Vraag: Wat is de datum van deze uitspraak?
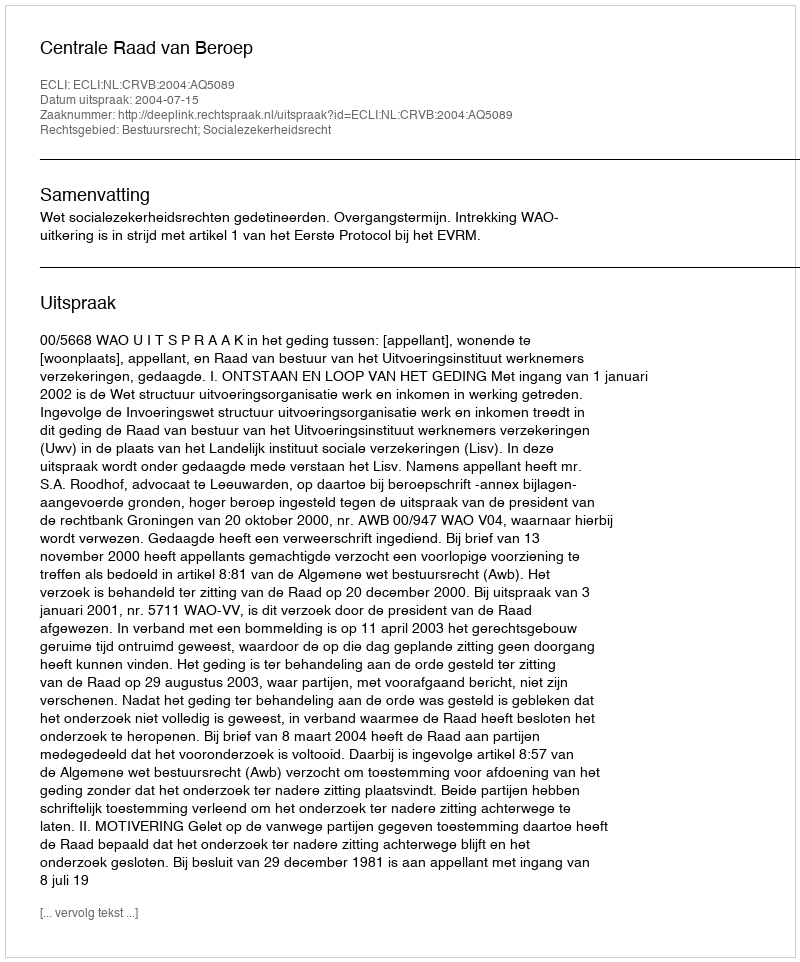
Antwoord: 2004-07-15